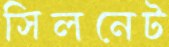
সিলনেট